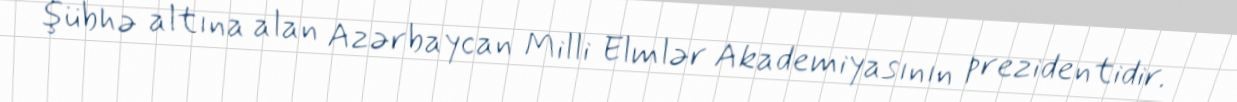
şübhə altına alan Azərbaycan Milli Elmlər Akademiyasının prezidentidir.